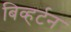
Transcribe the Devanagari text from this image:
बिव्हर्टन